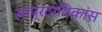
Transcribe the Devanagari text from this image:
सांप्रदायिकांस